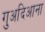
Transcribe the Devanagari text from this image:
गुअदिआना